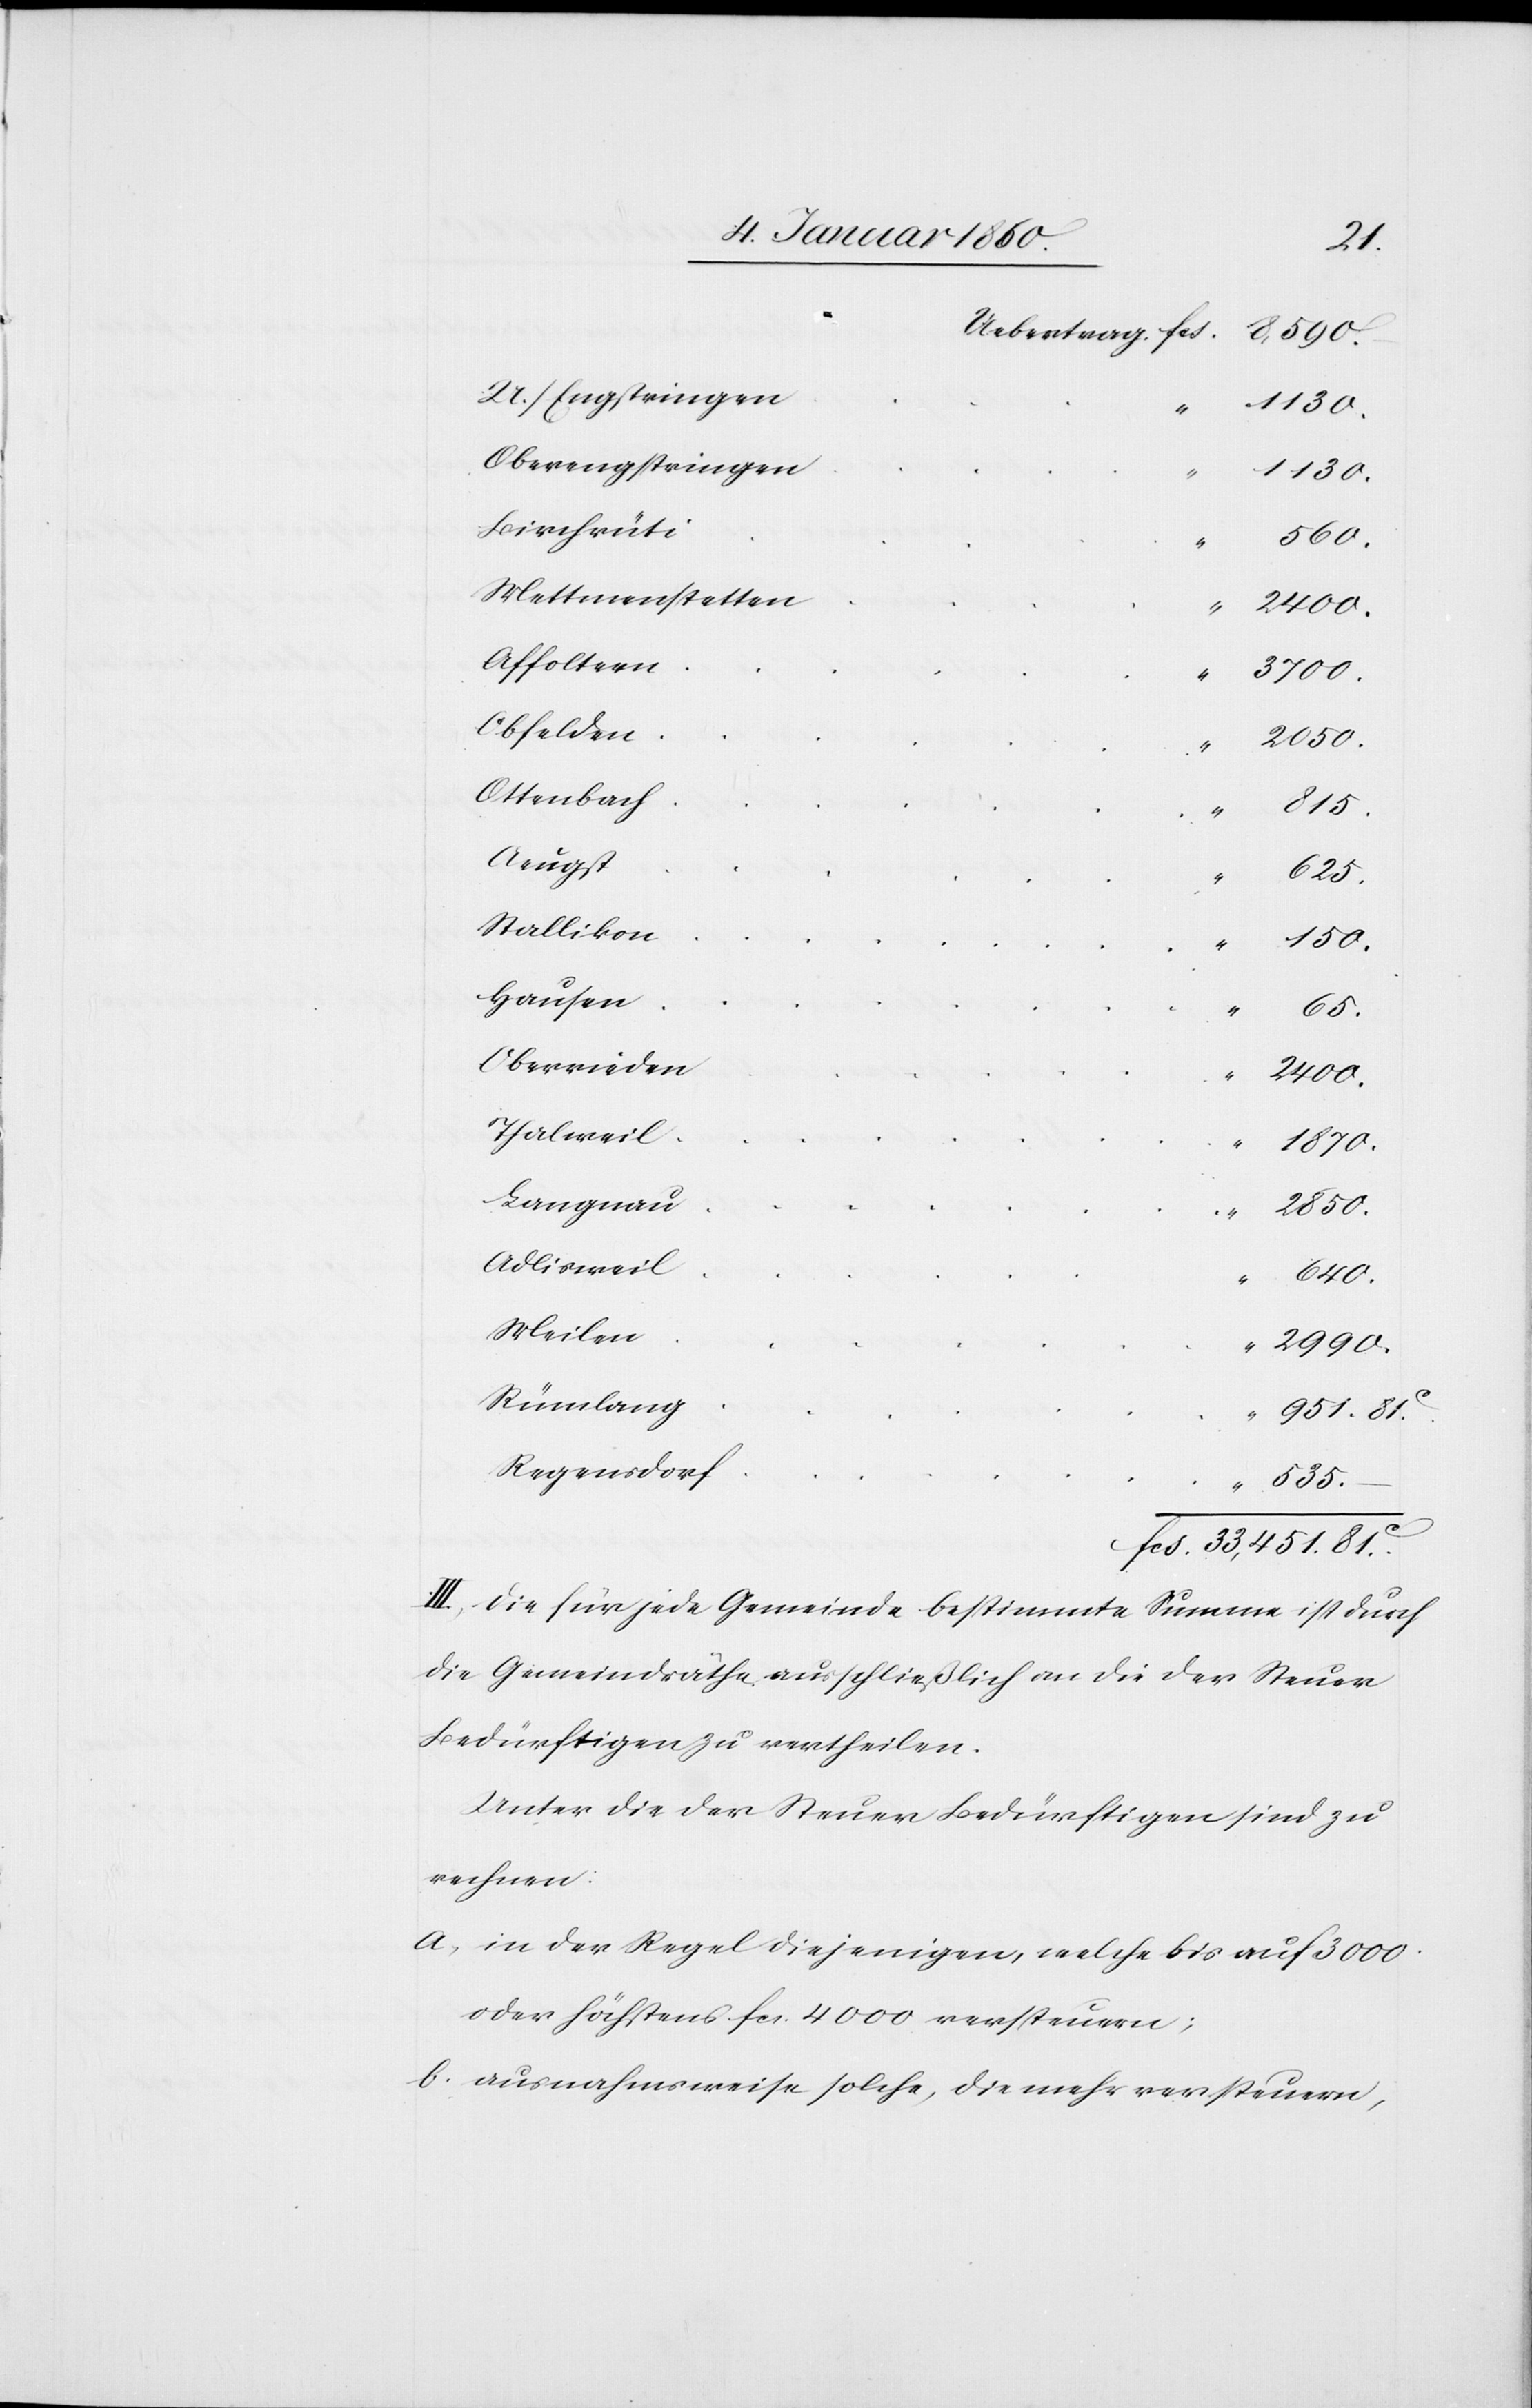
U./Engstringen
Oberengstringen
“
150.
Kirchrüti
33,451.
Mettmenstetten
Affoltern
–
3700.
Obfelden
Ottenbach
815.
Aeugst
625.
Stallikon
Hausen
535.
Oberrieden
2400.
Thalweil
1870.
Langnau
2850.
Adlisweil
Meilen
2990.
Rümlang
951.
Regensdorf
III. Die für jede Gemeinde bestimmte Summe ist durch
die Gemeindräthe ausschließlich an die der Steuer
Bedürftigen zu ertheilen.
Unter die der Steuer Bedürftigen sind zu
rechnen:
a. in der Regel diejenigen, welche 610. auf 3000.
oder höchstens fcs. 4000. versteuern;
b. ausnahmsweise solche, die mehr versteuern,